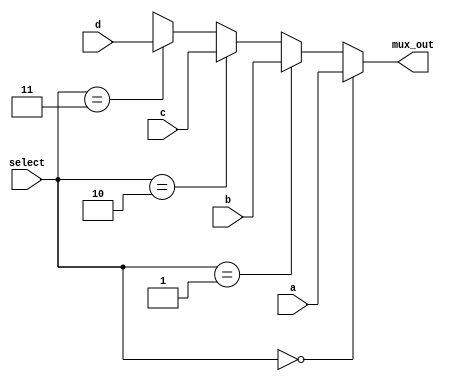
`timescale 1ns/1ns

module mux4to1(a, b, c, d, select, mux_out);
  input a, b, c, d;
  input[1:0] select;
  output mux_out;

  assign mux_out = (select == 2'b00) ? a :
                    (select == 2'b01) ? b :
                    (select == 2'b10) ? c :
                    (select == 2'b11) ? d :
                    2'bx;
endmodule